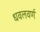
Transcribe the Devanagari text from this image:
धवलवर्ण